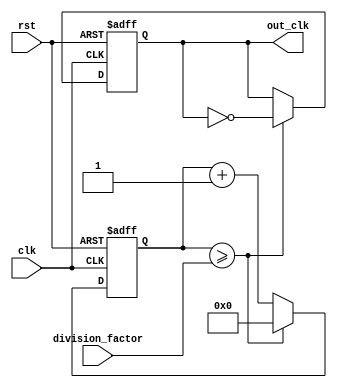
module floating_point_clock_divider (
    input clk,
    input rst,
    input [31:0] division_factor,
    output reg out_clk
);

reg [31:0] count;

always @ (posedge clk or posedge rst) begin
    if (rst) begin
        count <= 0;
        out_clk <= 0;
    end else begin
        if (count >= division_factor) begin
            count <= 0;
            out_clk <= ~out_clk;
        end else begin
            count <= count + 1;
        end
    end
end

endmodule